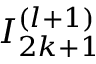
I _ { 2 k + 1 } ^ { ( l + 1 ) }